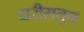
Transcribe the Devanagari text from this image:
शरीरातुन